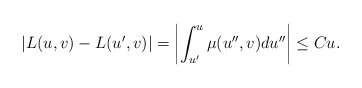
\begin{align*} |L(u,v)-L(u',v)|=\left|\int_{u'}^u\mu(u'',v)du''\right|\leq Cu.\end{align*}